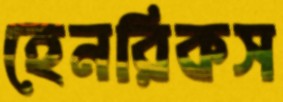
হেনরিকস